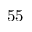
5 5